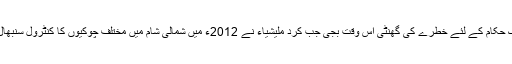
ترک حکام کے لئے خطرے کی گھنٹی اس وقت بجی جب کرد ملیشیاء نے 2012ء میں شمالی شام میں مختلف چوکیوں کا کنٹرول سنبھال لیا۔